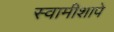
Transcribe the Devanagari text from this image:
स्वामीशापे